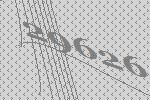
29626